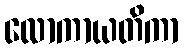
လောကာယတိကာ